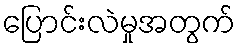
ပြောင်းလဲမှုအတွက်